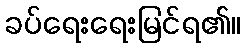
ခပ်ရေးရေးမြင်ရ၏။